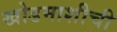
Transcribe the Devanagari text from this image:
खोडमाशीची